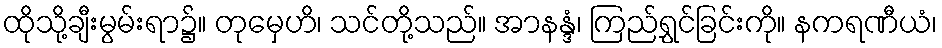
ထိုသို့ချီးမွမ်းရာ၌။ တုမှေဟိ၊ သင်တို့သည်။ အာနန္ဒံ၊ ကြည်ရွှင်ခြင်းကို။ နကရဏီယံ၊